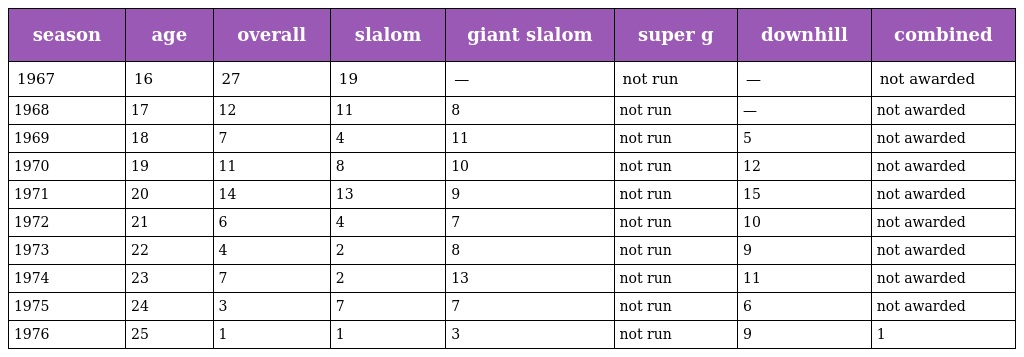
| season | age | overall | slalom | giant slalom | super g | downhill | combined |
 | --- | --- | --- | --- | --- | --- | --- | --- |
 | 1967 | 16 | 27 | 19 | — | not run | — | not awarded |
 | 1968 | 17 | 12 | 11 | 8 | not run | — | not awarded |
 | 1969 | 18 | 7 | 4 | 11 | not run | 5 | not awarded |
 | 1970 | 19 | 11 | 8 | 10 | not run | 12 | not awarded |
 | 1971 | 20 | 14 | 13 | 9 | not run | 15 | not awarded |
 | 1972 | 21 | 6 | 4 | 7 | not run | 10 | not awarded |
 | 1973 | 22 | 4 | 2 | 8 | not run | 9 | not awarded |
 | 1974 | 23 | 7 | 2 | 13 | not run | 11 | not awarded |
 | 1975 | 24 | 3 | 7 | 7 | not run | 6 | not awarded |
 | 1976 | 25 | 1 | 1 | 3 | not run | 9 | 1 |